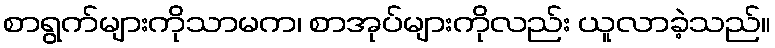
စာရွက်များကိုသာမက၊ စာအုပ်များကိုလည်း ယူလာခဲ့သည်။